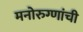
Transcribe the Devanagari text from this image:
मनोरुग्णांची